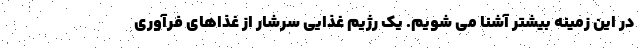
در این زمینه بیشتر آشنا می شویم. یک رژیم غذایی سرشار از غذاهای فرآوری